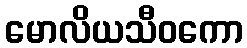
မောလိယသီဝကော